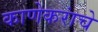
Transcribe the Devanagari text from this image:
काणेकरांचे